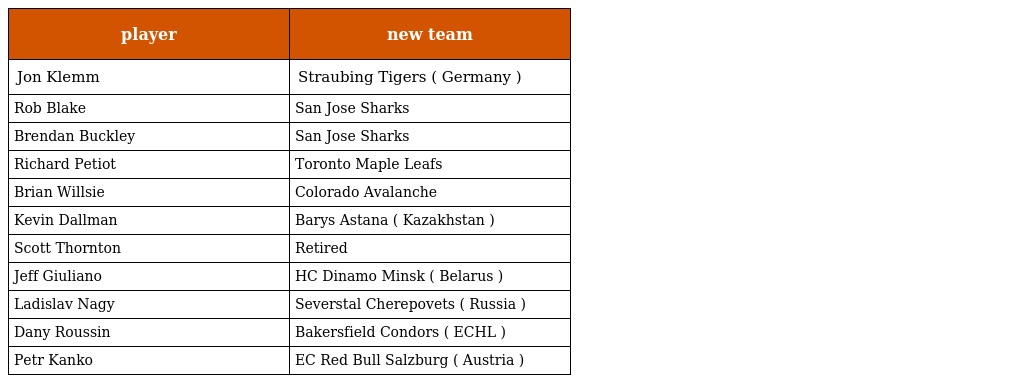
| player | new team |
 | --- | --- |
 | Jon Klemm | Straubing Tigers ( Germany ) |
 | Rob Blake | San Jose Sharks |
 | Brendan Buckley | San Jose Sharks |
 | Richard Petiot | Toronto Maple Leafs |
 | Brian Willsie | Colorado Avalanche |
 | Kevin Dallman | Barys Astana ( Kazakhstan ) |
 | Scott Thornton | Retired |
 | Jeff Giuliano | HC Dinamo Minsk ( Belarus ) |
 | Ladislav Nagy | Severstal Cherepovets ( Russia ) |
 | Dany Roussin | Bakersfield Condors ( ECHL ) |
 | Petr Kanko | EC Red Bull Salzburg ( Austria ) |